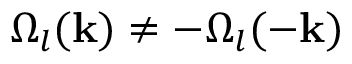
\Omega _ { l } ( \mathbf { k } ) \neq - \Omega _ { l } ( - \mathbf { k } )